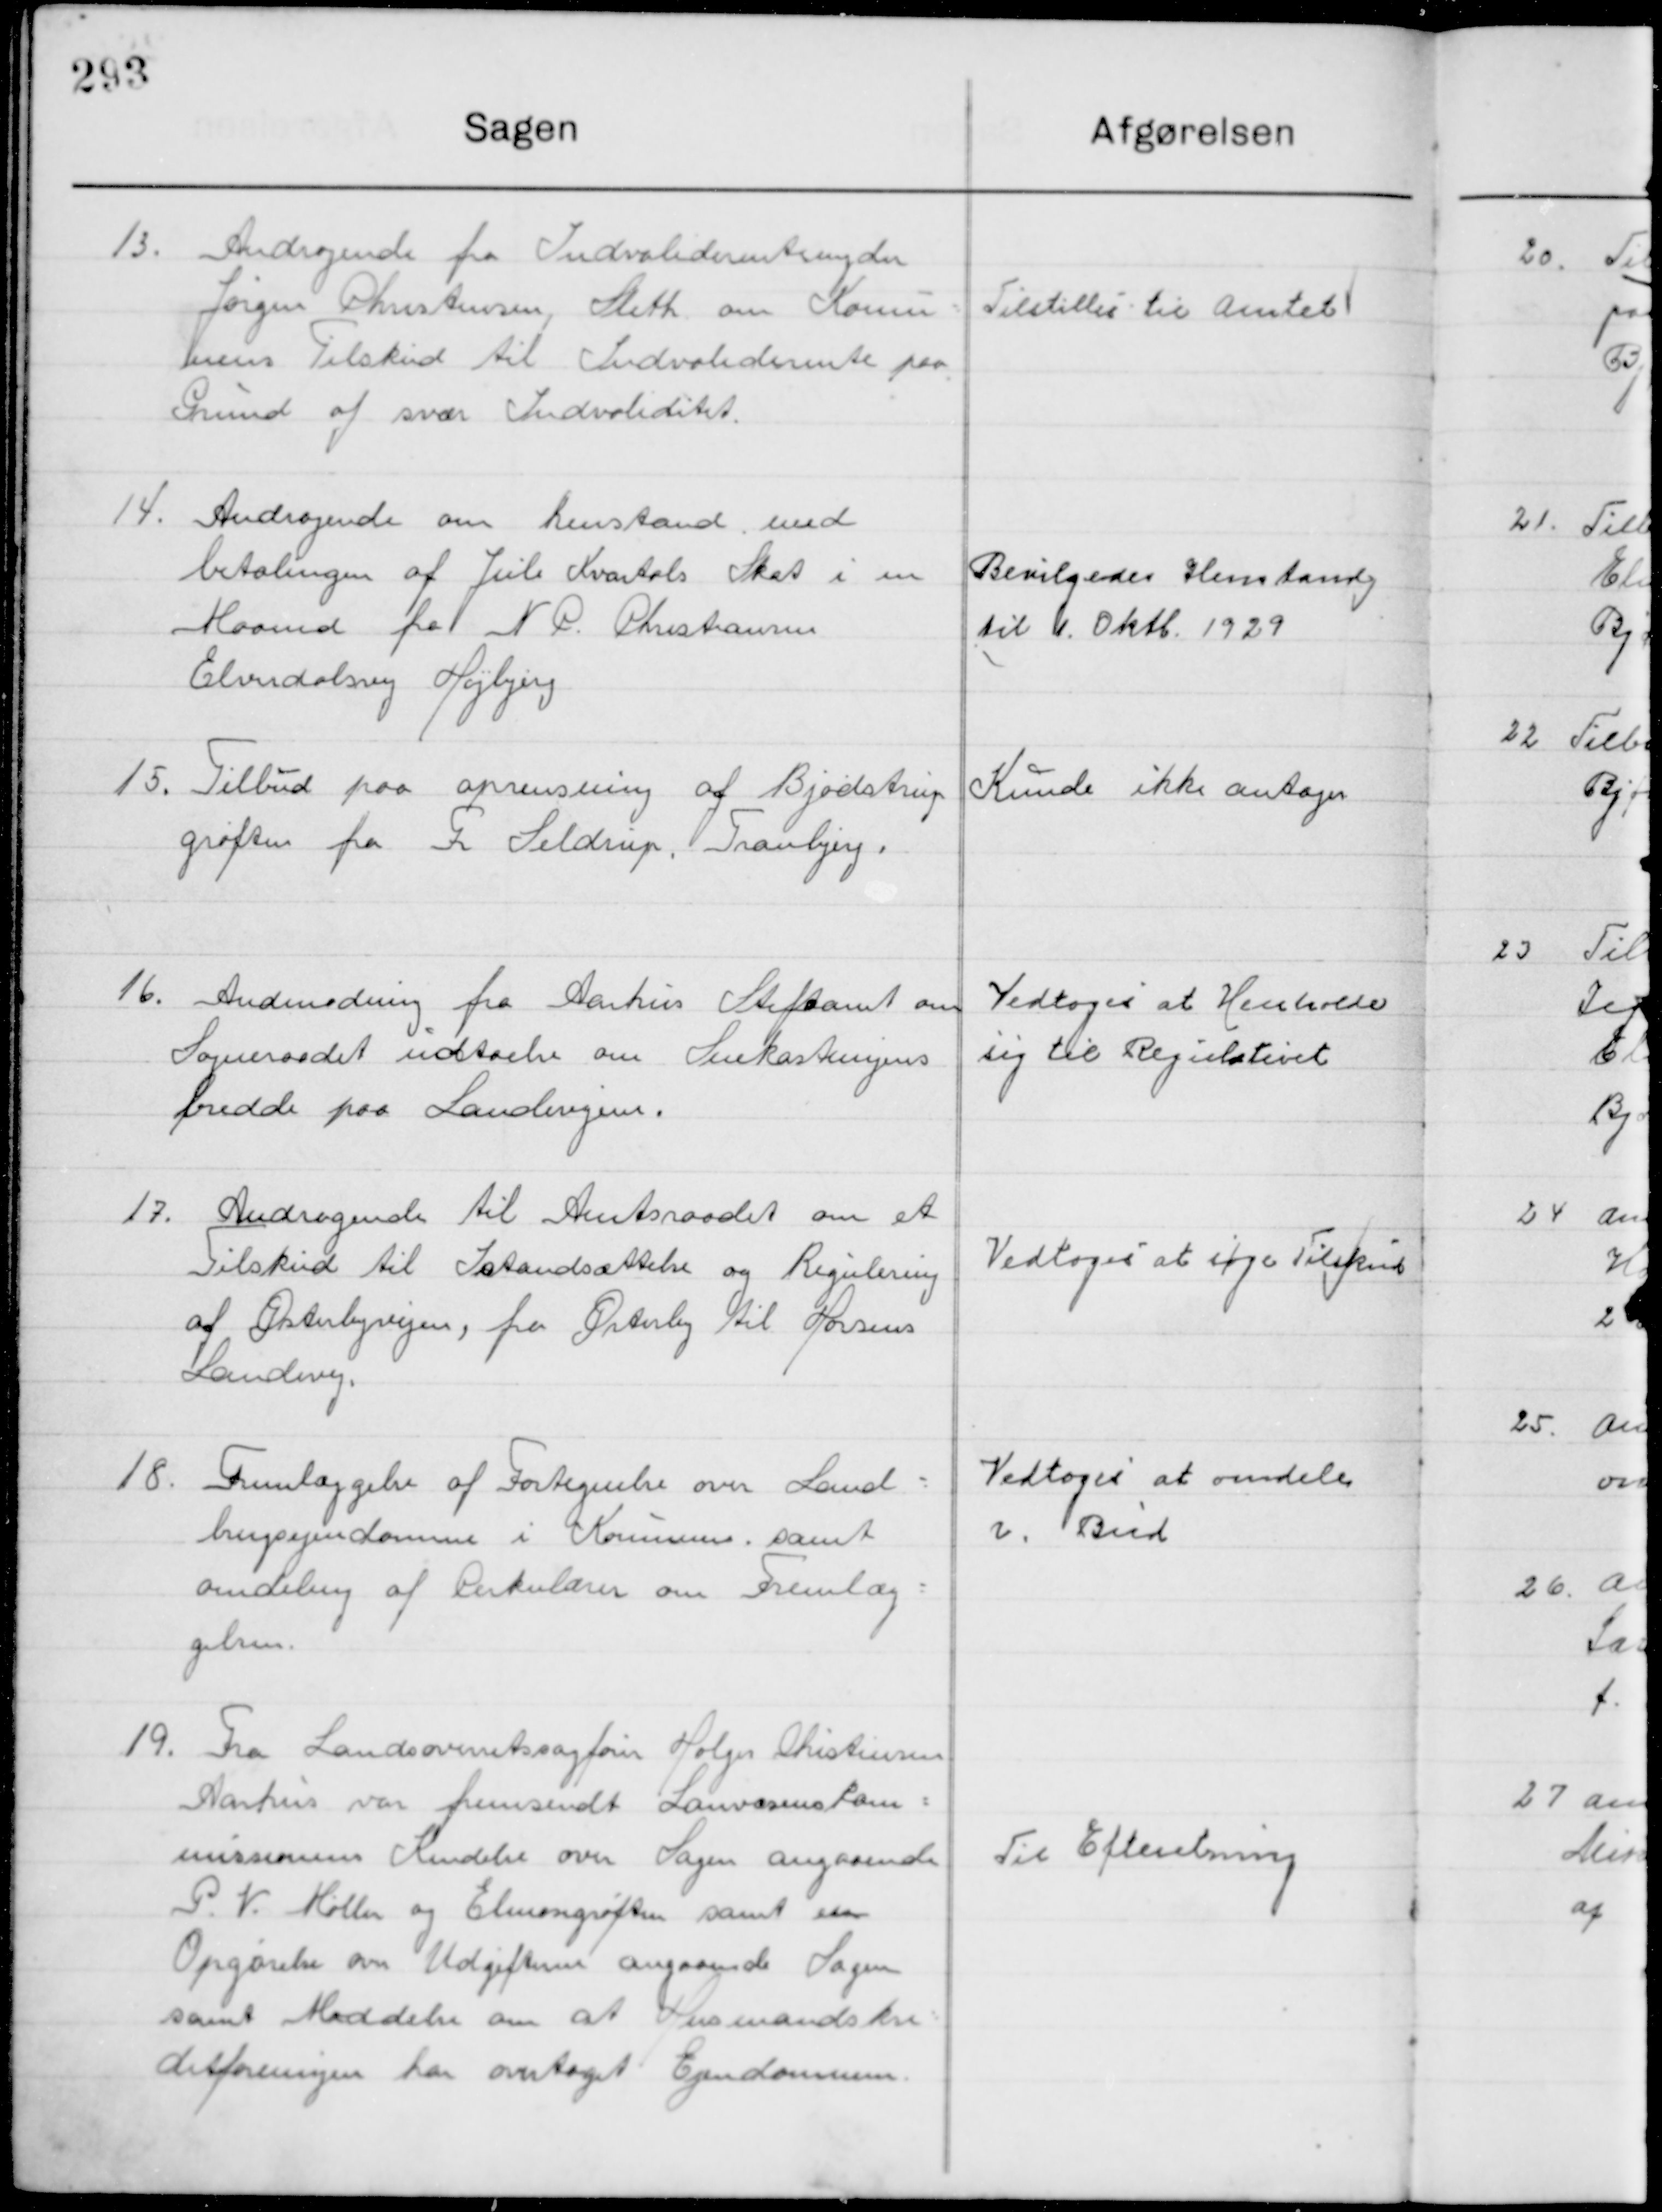
Transskription:
13

Andragende fra Invaliderenteyder
Jørgen Christensen, Sleth om Kommu-  
nens Tilskud til Invaliderente paa 
Grund af svær Invaliditet

Tilstilles til Amtet

14

Andragende om henstand med
betalingen af Juli Kvartals Skat i en 
Maaned fra N. P. Christensen
Elvedalsvej Højbjerg

Bevilgedes Henstand
Til 6 Oktb. 1929

15

Tilbud paa oprensning af Bjødstrup
grøften fra G. Seldrup Tranbjerg

Kunde ikke antages

16

Anmodning fra Aarhus Stiftsamt om
Sogneraadet udtaelse om Snekastnings-  
bredde paa Landevejen.

Vedtoges at Henholde 
sig til Regulativet

17

Andragende til Amtsraadet om et
Tilskud til Istandsættelse og Regulering
Af Østerbyvejen, fra Østerby til Horsens
Landevej.

Vedtoges at søge Tilskud

18

Fremlæggelse af Fortegnelse over Land-
brugsejendomme i Kommunen samt 
omdeling af Cirkulærer om fremlæg-
gelse.

Vedtoges at omdele
i Bud

19

Fra Landsoverretssagfører Holger Christensen
Aarhus var fremsendt Landvæsenskom-
missionens  Kendelse over Sager angaaende
P. V. Møller og Elmogrøften samt en
Opgørelse om Udgifterne angaaende Sagen
samt Meddelelse om Husmandskre-
ditforeningen har overtaget Ejendommen

Til Efterretning